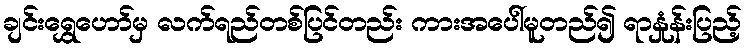
ချင်းရွှေဟော်မှ လက်ရည်တစ်ပြင်တည်း ကားအပေါ်မူတည်၍ ရာနှုံန်းပြည့်